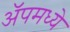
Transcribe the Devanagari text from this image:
ॲपमध्ये